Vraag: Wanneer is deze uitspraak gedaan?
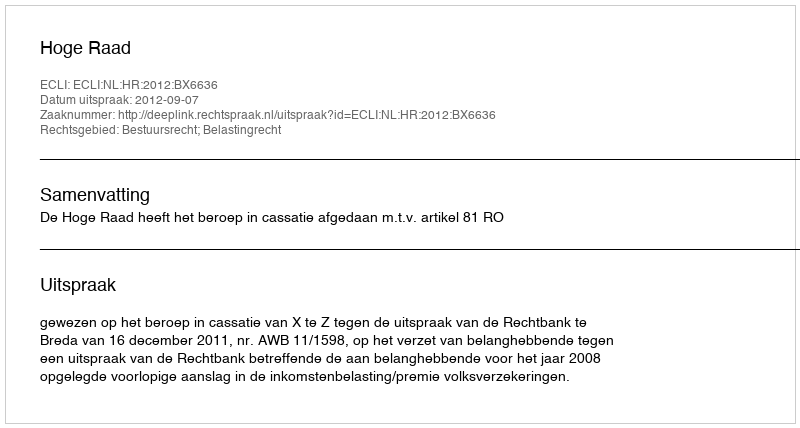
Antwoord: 2012-09-07